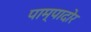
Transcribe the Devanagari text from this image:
पाम्पादोर